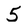
Character: 5